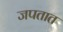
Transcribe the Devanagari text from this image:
जपतात